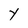
Character: Y